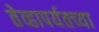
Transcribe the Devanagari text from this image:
तेव्हापर्यतच्या